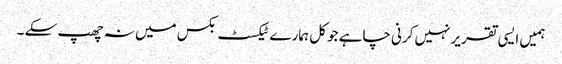
ہمیں ایسی تقریر نہیں کرنی چاہے جو کل ہمارے ٹیکسٹ بکس میں نہ چھپ سکے ۔